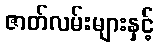
ဇာတ်လမ်းများနှင့်